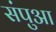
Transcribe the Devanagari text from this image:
संपुआ